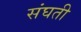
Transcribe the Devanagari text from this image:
संघती